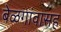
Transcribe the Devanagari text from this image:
बेळगांवासह